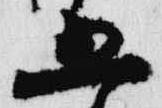
五